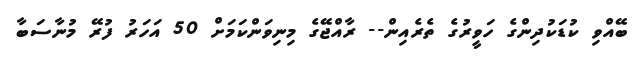
ބޭއްވި ކުޑަކުދިންގެ ހަވީރުގެ ތެރެއިން-- ރާއްޖޭގެ މިނިވަންކަމަށް 50 އަހަރު ފުރޭ މުނާސަބާ